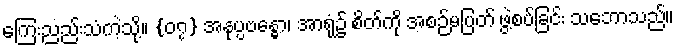
ကြေးညည်းသံကဲ့သို့။ {၀၇} အနုပ္ပဗန္ဓော၊ အာရုံ၌ စိတ်ကို အစဉ်မပြတ် ဖွဲ့စပ်ခြင်း သဘောသည်။